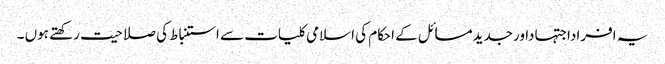
یہ افراداجتہاداورجدیدمسائل کے احکام کی اسلامی کلیات سے استنباط کی صلاحیت رکھتے ہوں ۔